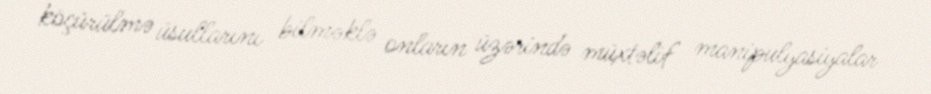
köçürülmə üsullarını bilməklə onların üzərində müxtəlif manipulyasiyalar